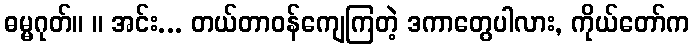
ဓမ္မဂုတ်။ ။ အင်း... တယ်တာဝန်ကျေကြတဲ့ ဒကာတွေပါလား, ကိုယ်တော်က